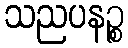
သညပနဉ္စ